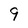
Character: 9